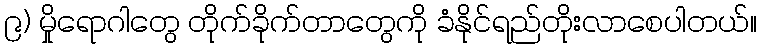
၉) မှိုရောဂါတွေ တိုက်ခိုက်တာတွေကို ခံနိုင်ရည်တိုးလာစေပါတယ်။